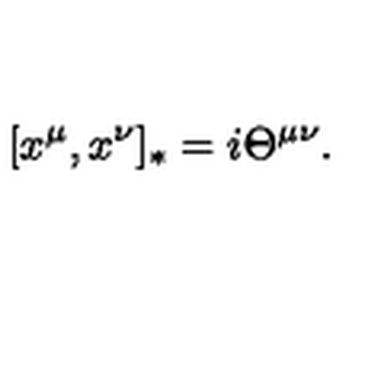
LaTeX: \lbrack x ^ { \mu } , x ^ { \nu } ] _ { * } = i \Theta ^ { \mu \nu } .